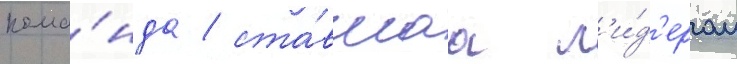
кома́нда / ста́вшаа л'и́д'ером